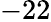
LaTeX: -22